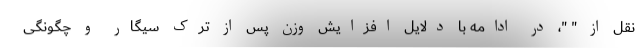
نقل از " "، در ادامه با دلایل افزایش وزن پس از ترک سیگار و چگونگی